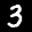
Label: 3